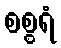
စစ္စရံ